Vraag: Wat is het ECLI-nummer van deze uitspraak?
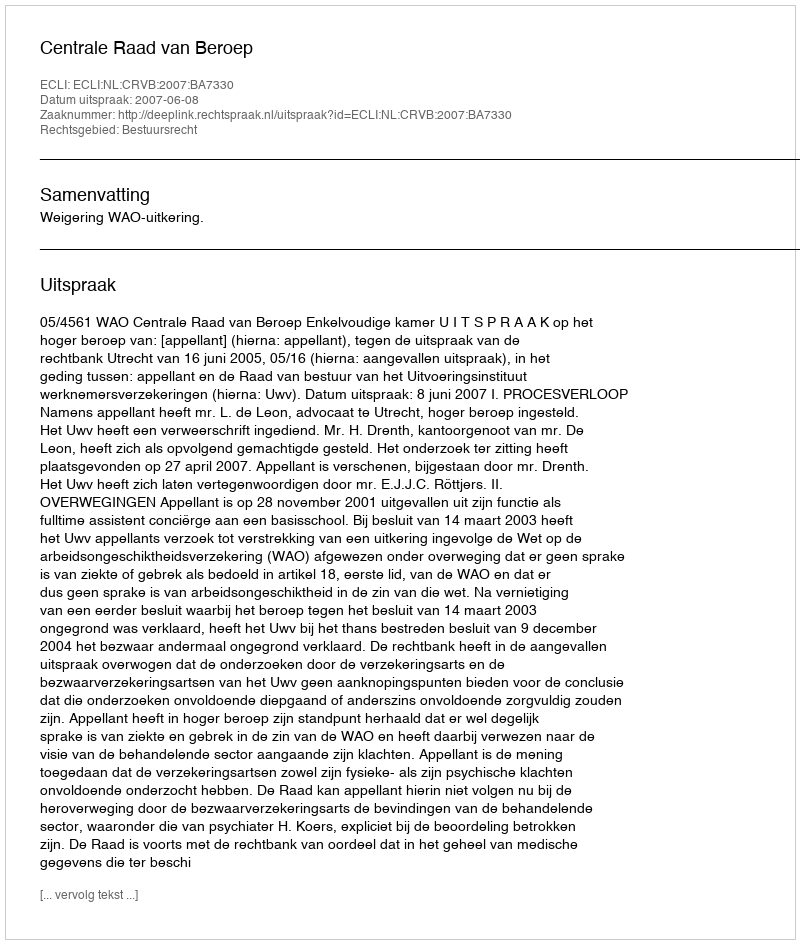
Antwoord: ECLI:NL:CRVB:2007:BA7330